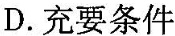
D.充要条件